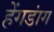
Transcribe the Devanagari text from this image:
हेंगडांग